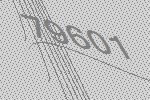
79601